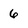
Character: 6